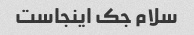
سلام جک اینجاست